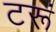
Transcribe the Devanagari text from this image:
टरूं